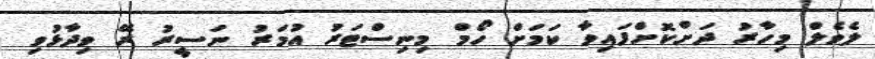
ލެވެލް މިހާރު ދަށްކޮށްފައިވާ ކަމަށް ހޯމް މިނިސްޓަރު އުމަރު ނަސީރު ރޭ ވިދާޅުވި